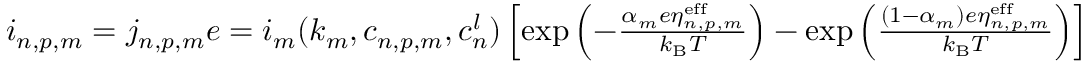
\begin{array} { r } { i _ { n , p , m } = j _ { n , p , m } e = i _ { m } ( k _ { m } , c _ { n , p , m } , c _ { n } ^ { l } ) \left[ \mathrm { e x p } \left( - \frac { \alpha _ { m } e \eta _ { n , p , m } ^ { \mathrm { e f f } } } { k _ { \mathrm { B } } T } \right) - \mathrm { e x p } \left( \frac { ( 1 - \alpha _ { m } ) e \eta _ { n , p , m } ^ { \mathrm { e f f } } } { k _ { \mathrm { B } } T } \right) \right] } \end{array}